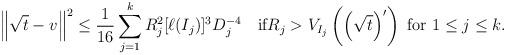
LaTeX: \begin{align*}\left\|\sqrt{t}-v\right\|^2\le\frac{1}{16}\sum_{j=1}^kR_j^2[\ell(I_j)]^3D_j^{-4}\quad\mbox{if}R_j>V_{I_j}\left(\left(\sqrt{t}\right)'\right)\mbox{ for }1\le j\le k.\end{align*}